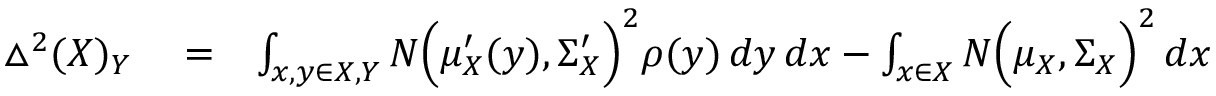
\begin{array} { r l r } { \bigtriangleup ^ { 2 } ( X ) _ { Y } } & { { } = } & { \int _ { x , y \in X , Y } N \Big ( \mu _ { X } ^ { \prime } ( y ) , \Sigma _ { X } ^ { \prime } \Big ) ^ { 2 } \rho ( y ) \, d y \, d x - \int _ { x \in X } N \Big ( \mu _ { X } , \Sigma _ { X } \Big ) ^ { 2 } \, d x } \end{array}